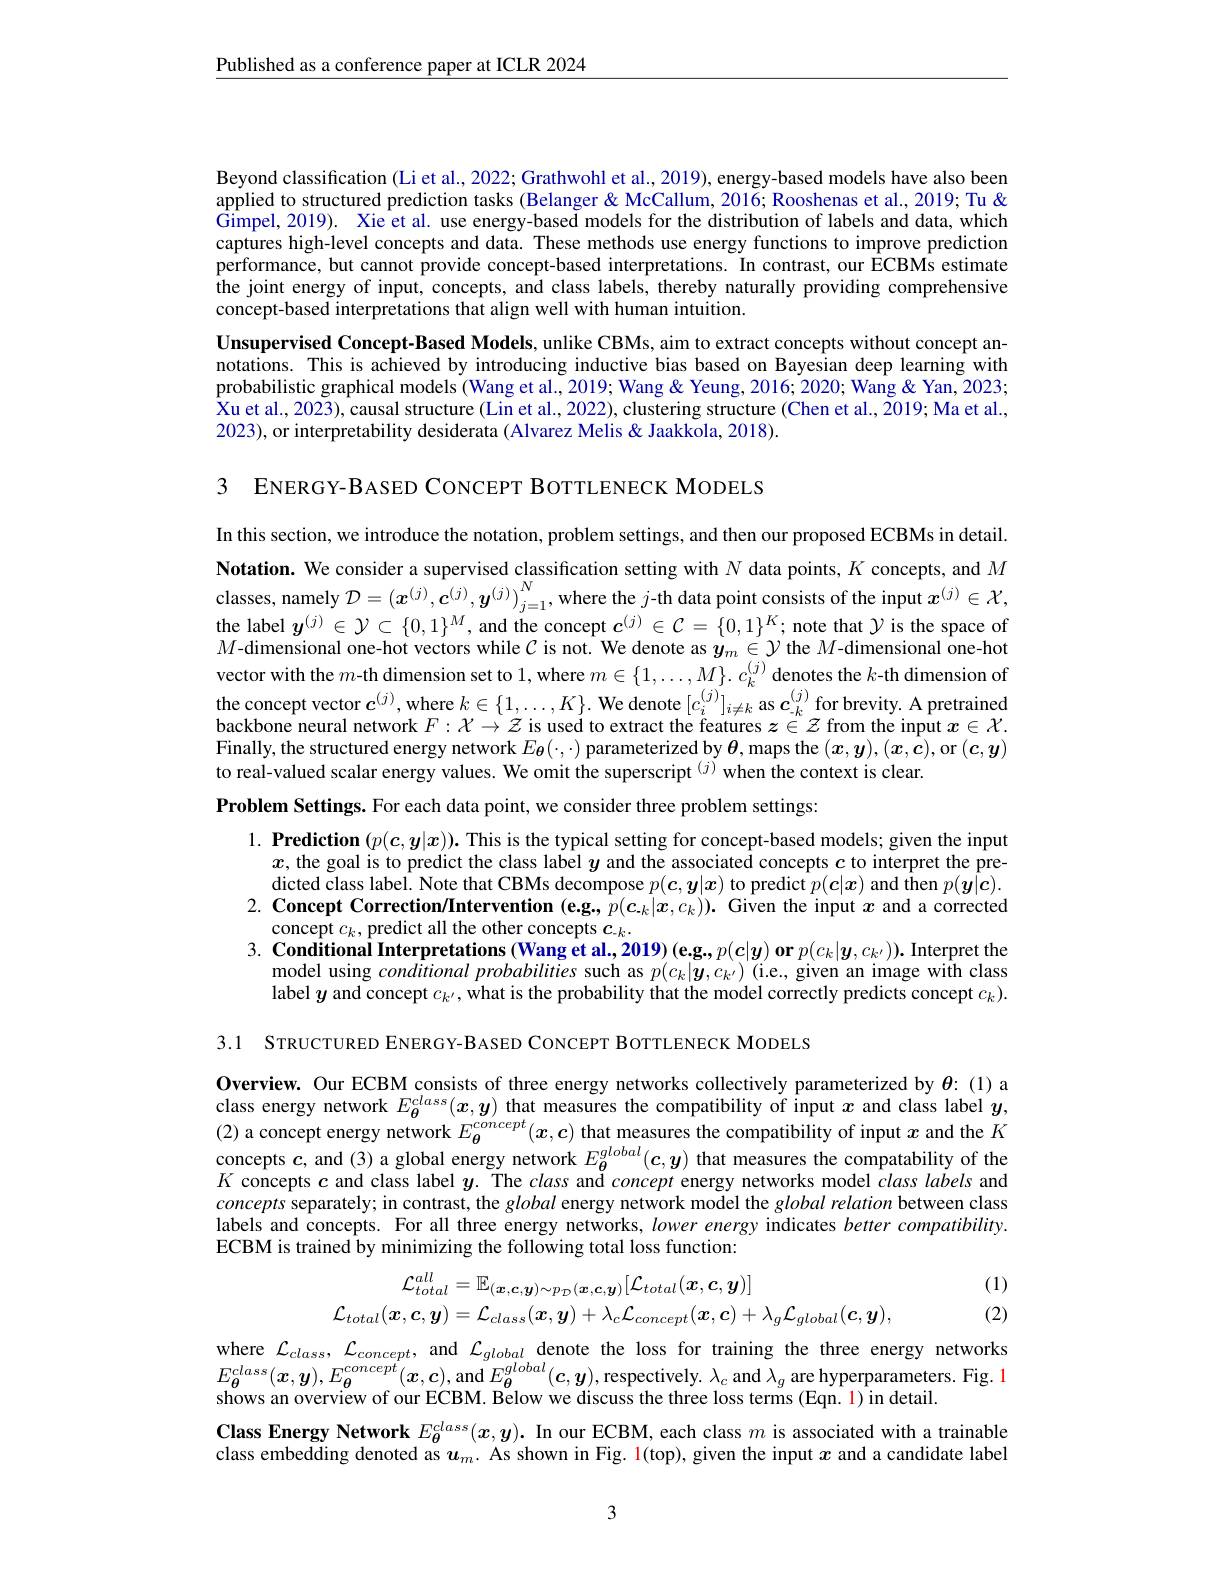
$\underline{\text{Published as a conference paper at ICLR 2024}}$

Beyond classification (Li et al., 2022; Grathwohl et al., 2019), energy-based models have also been applied to structured prediction tasks (Belanger & McCallum, 2016; Rooshenas et al., 2019; Tu & Gimpel, 2019). Xie et al. use energy-based models for the distribution of labels and data, which captures high-level concepts and data. These methods use energy functions to improve prediction performance, but cannot provide concept-based interpretations. In contrast, our ECBMs estimate the joint energy of input, concepts, and class labels, thereby naturally providing comprehensive concept-based interpretations that align well with human intuition.
Unsupervised Concept-Based Models, unlike CBMs, aim to extract concepts without concept annotations. This is achieved by introducing inductive bias based on Bayesian deep learning with probabilistic graphical models (Wang et al., 2019; Wang & Yeung, 2016; 2020; Wang & Yan, 2023; Xu et al., 2023), causal structure (Lin et al., 2022), clustering structure (Chen et al., 2019; Ma et al., 2023), or interpretability desiderata (Alvarez Melis& Jaakkola, 2018).

3 ENERGY-BASED CONCEPT BOTTLENECK MODELS

In this section, we introduce the notation, problem settings, and then our proposed ECBMs in detail. Notation. We consider a supervised classification setting with $N$ data points, $K$ concepts, and $M$ classes, namely $\mathcal{D}=\left(\boldsymbol{x}^{(j)},\boldsymbol{c}^{(j)},\boldsymbol{y}^{(j)}\right)_{j=1}^N$, where the $j$-th data point consists of the input $\boldsymbol{x}^{(j)}\in\mathcal{X}$, the label $y^{(j)}\in\mathcal{Y}\subset\{0,1\}^M$, and the concept $\boldsymbol c^{(j)}\in\mathcal{C}=\{0,1\}^K;$ note that $\mathcal{Y}$ is the space of $M$-dimensional one-hot vectors while $\mathcal{C}$ is not. We denote as $y_m\in\mathcal{Y}$ the $M$-dimensional one-hot vector with the $m$-th dimension set to 1, where $m\in\{1,\ldots,M\}.c_k^{(j)}$ denotes the $k$-th dimension of $\begin{array}{l}\text{the concept vector }c^{(j)},\text{where }k\in\{1,\ldots,K\}.\text{We denote }[c_i^{(j)}]_{i\neq k}\text{as }c_k^{(j)}\text{for brevity.A pretrained}\\\text{backbone neural network }F:\mathcal{X}\to\mathcal{Z}\text{ is used to extract the features }z\in\mathcal{Z}\text{ from the input }x\in\mathcal{X}.\end{array}$ Finally, the structured energy network $E_{\boldsymbol{\theta}}(\cdot,\cdot)$ parameterized by $\boldsymbol{\theta}$, maps the $(\boldsymbol x,\boldsymbol{y}),(\boldsymbol{x},\dot{\boldsymbol{c}})$,or $(\boldsymbol{c},\boldsymbol{y})$ to real-valued scalar energy values. We omit the superscript $^{(j)}$when the context is clear.

Problem Settings. For each data point, we consider three problem settings:

$1. \textbf{ Prediction }( p( \boldsymbol{c}, \boldsymbol{y}| \boldsymbol{x}) ) .$ This is the typical setting for concept-based models; given the input
$x$, the goal is to predict the class label $y$ and the associated concepts $c$ to interpret the predicted class label. Note that CBMs decompose $p( \boldsymbol{c}, \boldsymbol{y}| \boldsymbol{x})$ to predict $\hat{p} ( \boldsymbol{c}| \boldsymbol{x})$ and then $p( \boldsymbol{y}| \boldsymbol{c}) .$
2. Concept Correction/Intervention $(\mathbf{e}\mathbf{g},p(\boldsymbol{c}_k|\boldsymbol{x},c_k)).$ Given the input $x$ and a corrected
concept $c_k$, predict all the other concepts $c_{-k}.$
$3. \textbf{ Conditional Interpretations ( Wang et al. , 2019) ( e. g. , p( c| y) or }p( c_k| y, c_{k^{\prime }}) ) .$ Interpret the
model using conditional probabilities such as $p(c_k|\boldsymbol{y},c_{k^{\prime}})$ (i.e., given an image with class label $y$ and concept $c_k^{\prime}$, what is the probability that the model correctly predicts concept $c_k).$

3.1 STRUCTURED ENERGY-BASED CONCEPT BOTTLENECK MODELS

Overview. Our ECBM consists of three energy networks collectively parameterized by $\theta$:(1)a class energy network $E_{\boldsymbol{\theta}}^{class}(x,\boldsymbol{y})$ that measures the compatibility of input $x$ and class label $y$, (2) a concept energy network $E_{\boldsymbol{\theta}}^{concept}(\boldsymbol{x},\boldsymbol{c})$ that measures the compatibility of input $x$ and the $K$ concepts $c$, and (3) a global energy network $E_{\boldsymbol{\theta}}^{global}(\boldsymbol{c},\boldsymbol{y})$ that measures the compatability of the $K$ concepts $c$ and class label $y.$ The class anđ concept energy networks model $class\textit{labels and}$ concepts separately; in contrast, the global energy network model the $global\textit{relation between class}$ labels and concepts. For all three energy networks, lower energy indicates better compatibility. ECBM is trained by minimizing the following total loss function:
$$\begin{aligned}\mathcal{L}_{total}^{all}&=\mathbb{E}_{(\boldsymbol{x},\boldsymbol{c},\boldsymbol{y})\sim p_{\mathcal{D}}(\boldsymbol{x},\boldsymbol{c},\boldsymbol{y})}[\mathcal{L}_{total}(\boldsymbol{x},\boldsymbol{c},\boldsymbol{y})]\\\mathcal{L}_{total}(\boldsymbol{x},\boldsymbol{c},\boldsymbol{y})&=\mathcal{L}_{class}(\boldsymbol{x},\boldsymbol{y})+\lambda_{c}\mathcal{L}_{concept}(\boldsymbol{x},\boldsymbol{c})+\lambda_{g}\mathcal{L}_{global}(\boldsymbol{c},\boldsymbol{y}),\end{aligned}$$
(1) (2)

where $\mathcal{L}_{class},\mathcal{L}_{concept}$, and $\mathcal{L}_global$ denote the loss for training the three energy networks $E_{\boldsymbol{\theta}}^{class}(\boldsymbol{x},\boldsymbol{y}),E_{\boldsymbol{\theta}}^{concept}(\boldsymbol{x},\boldsymbol{c})$,and$E_\boldsymbol{\theta}^global(\boldsymbol{c},\boldsymbol{y})$,respectively. $\lambda_c$ and $\lambda_g$ are hyperparameters. Fig. shows an overview of our ECBM. Below we discuss the three loss terms (Eqn. 1) in detail.
Class Energy Network $E_{\theta}^{class}(x,y).$ In our ECBM, each class $m$ is associated with a trainable class embedding denoted as $u_m.$ As shown in Fig. $\color{red}1($top), given the input $x$ and a candidate label

3